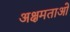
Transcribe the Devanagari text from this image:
अक्षमताओ